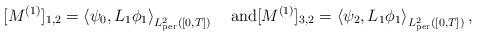
LaTeX: \begin{align*}[M^{(1)}]_{1,2}=\left<\psi_0,L_1\phi_1\right>_{L^2_{\rm per}([0,T])}\quad\textrm{and}[M^{(1)}]_{3,2}=\left<\psi_2,L_1\phi_1\right>_{L^2_{\rm per}([0,T])},\end{align*}